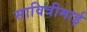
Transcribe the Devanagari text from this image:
सावित्रीमाई